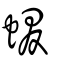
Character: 蝃